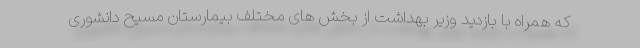
که همراه با بازدید وزیر بهداشت از بخش های مختلف بیمارستان مسیح دانشوری